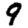
Digit: 9